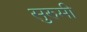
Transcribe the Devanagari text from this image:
सुरुमी